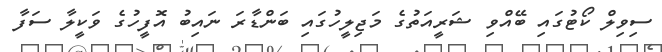
ސިވިލް ކޯޓުގައި ބޭއްވި ޝަރީއަތުގެ މަޖިލީހުގައި ބަންޑާރަ ނައިބު އޮފީހުގެ ވަކީލާ ސަފާ